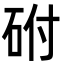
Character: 䂤